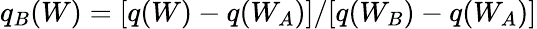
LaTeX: q_{B}(W)=[q(W)-q(W_{A})]/[q(W_{B})-q(W_{A})]